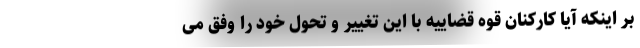
بر اینکه آیا کارکنان قوه قضاییه با این تغییر و تحول خود را وفق می